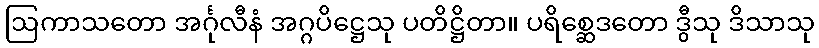
ဩကာသတော အင်္ဂုလီနံ အဂ္ဂပိဋ္ဌေသု ပတိဋ္ဌိတာ။ ပရိစ္ဆေဒတော ဒွီသု ဒိသာသု